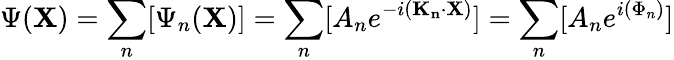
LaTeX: \Psi(\mathbf{X})=\sum_{n}[\Psi_{n}(\mathbf{X})]=\sum_{n}[A_{n}e^{-i(\mathbf{K_{n}}\cdot\mathbf{X})}]=\sum_{n}[A_{n}e^{i(\Phi_{n})}]